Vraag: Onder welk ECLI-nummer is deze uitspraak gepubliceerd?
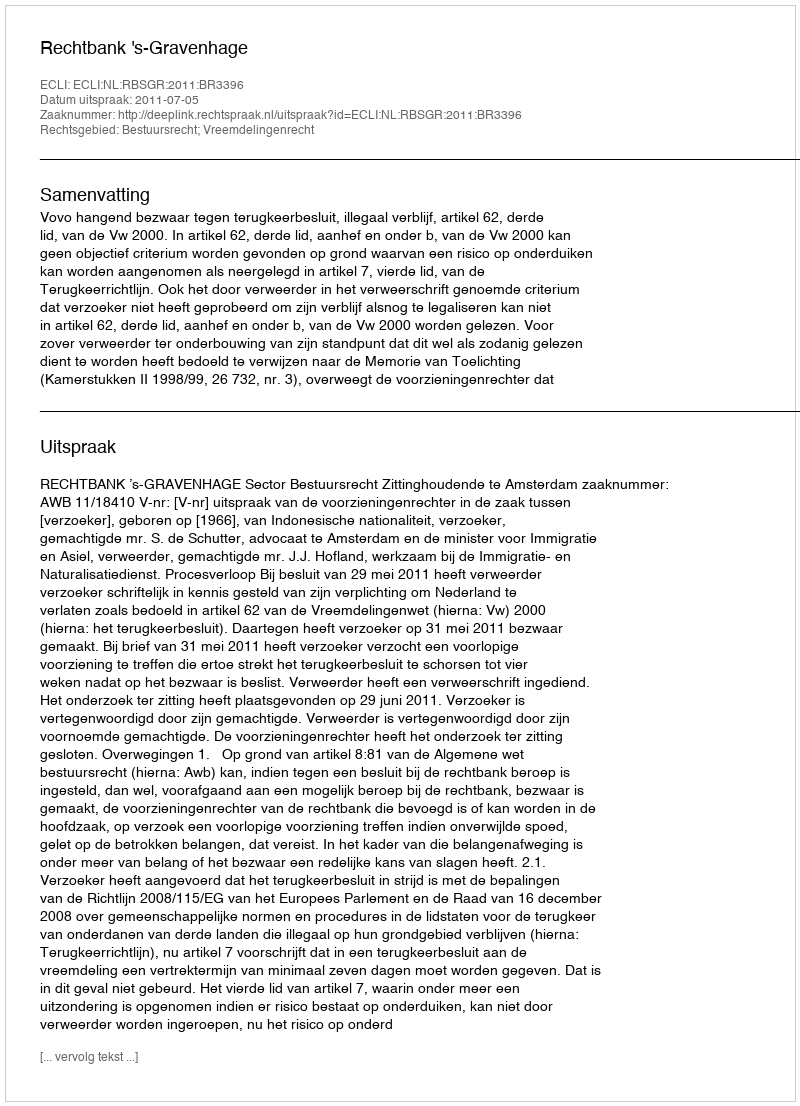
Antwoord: ECLI:NL:RBSGR:2011:BR3396